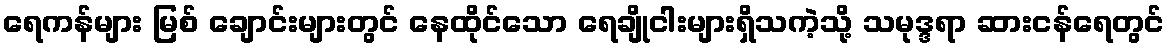
ရေကန်များ မြစ် ချောင်းများတွင် နေထိုင်သော ရေချိုငါးများရှိသကဲ့သို့ သမုဒ္ဒရာ ဆားငန်ရေတွင်